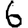
Digit: 6